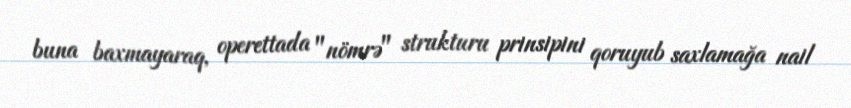
buna baxmayaraq, operettada "nömrə" strukturu prinsipini qoruyub saxlamağa nail